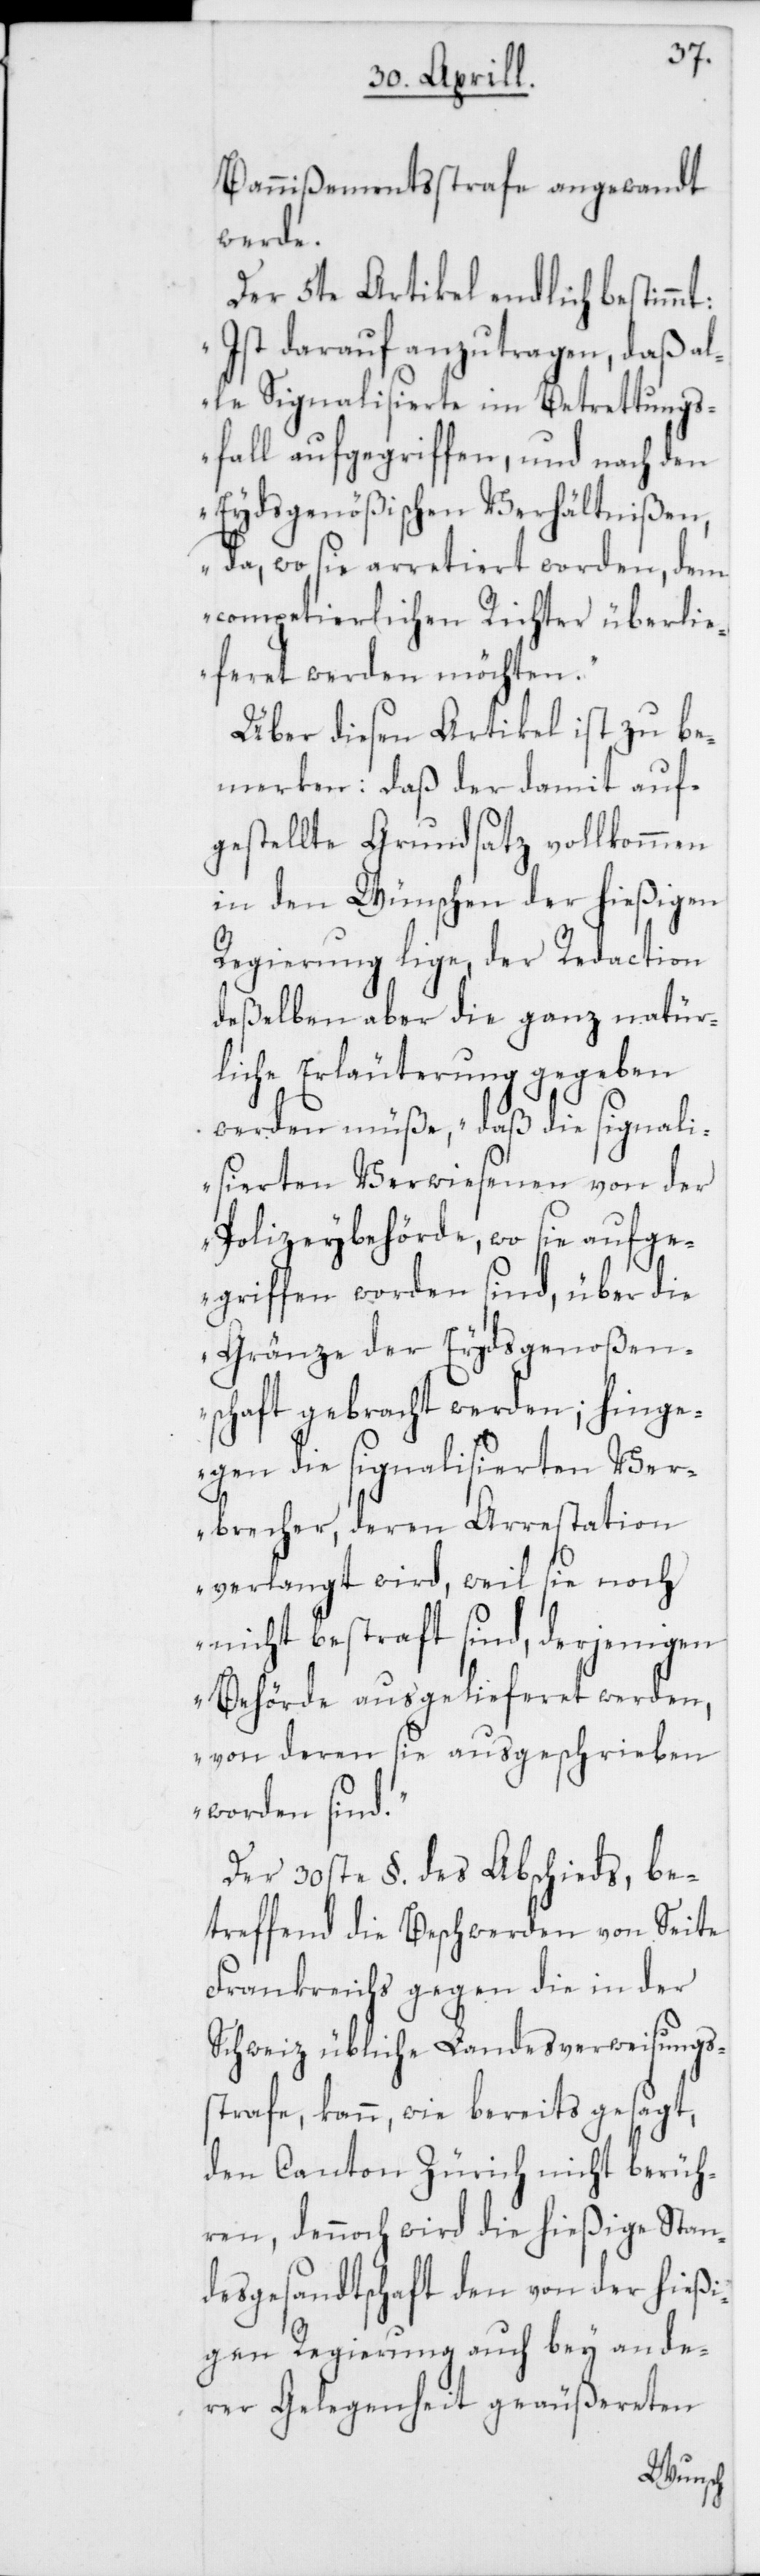
Bannißementsstrafe angewandt
werde.
Der 5te Artikel endlich bestimmt:
„Ist darauf anzutragen, daß al¬
le Signalisierte im Betrettungs¬
fall aufgegriffen, und nach den
Eydsgenößischen Verhältnißen,
da, wo sie arretiert worden, dem
competierlichen Richter überlie¬
feret werden möchten.“
Über diesen Artikel ist zu be¬
merken: daß der damit auf¬
gestellte Grundsatz vollkommen
in den Wünschen der hießigen
Regierung lige, der Redaction
deßelben aber die ganz natür¬
liche Erläuterung gegeben
werden müße, „daß die signali¬
sierten Verwiesenen von der
Polizeybehörde, wo sie aufge¬
griffen worden sind, über die
Gränze der Eydsgenoßen¬
schaft gebracht werden; hinge¬
gen die signalisierten Ver¬
brecher, deren Arrestation
verlangt wird, weil sie noch
nicht bestraft sind, derjenigen
Behörde ausgelieferet werden,
von deren sie ausgeschrieben
worden sind.“
Der 30ste §. des Abschieds, be¬
treffend die Beschwerden von Seite
Frankreichs gegen die in der
Schweiz übliche Landesverweisungs¬
strafe, kann, wie bereits gesagt,
den Canton Zürich nicht berüh¬
ren, dennoch wird die hießige Stan¬
desgesandtschaft den von der hieß¬
igen Regierung auch bey ande¬
rer Gelegenheit geäußereten